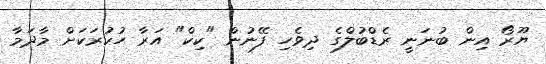
ޔޫރޯ އިން ބުނަނީ ރެޑްބުލްގެ ދިވެހި ފޭނުން "ކިކް" އަރާ ހުކުރަކަށް މާދަމާ